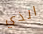
الذي